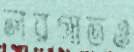
লরগাতও